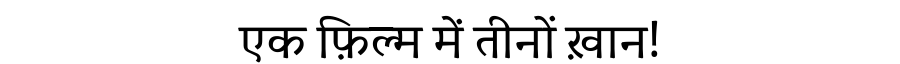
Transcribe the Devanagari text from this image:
एक फ़िल्म में तीनों ख़ान!